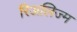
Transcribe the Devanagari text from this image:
रिअलिज्म